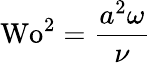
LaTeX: \textrm{Wo}^{2}=\frac{a^{2}\omega}{\nu}